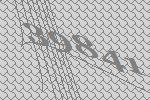
39841